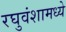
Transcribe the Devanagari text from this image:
रघुवंशामध्ये